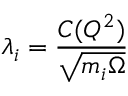
\lambda _ { i } = \frac { C ( Q ^ { 2 } ) } { \sqrt { m _ { i } \Omega } }